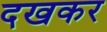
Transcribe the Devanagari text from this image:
दखकर